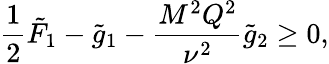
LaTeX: \frac{1}{2}\tilde{F}_{1}-\tilde{g}_{1}-\frac{M^{2}Q^{2}}{\nu^{2}}\tilde{g}_{2}\geq 0,